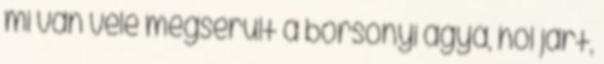
mi van vele megserult a borsonyi agya, hol jart,